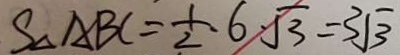
S _ { \Delta A B C } = \frac { 1 } { 2 } \cdot 6 \cdot \sqrt { 3 } = 3 \sqrt { 3 }